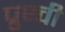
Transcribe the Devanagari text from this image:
प्रुथ्वी